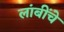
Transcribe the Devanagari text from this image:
लांबींचे